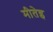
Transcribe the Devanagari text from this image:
मीतेइ